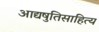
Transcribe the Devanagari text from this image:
आद्यषुतिसाहित्य